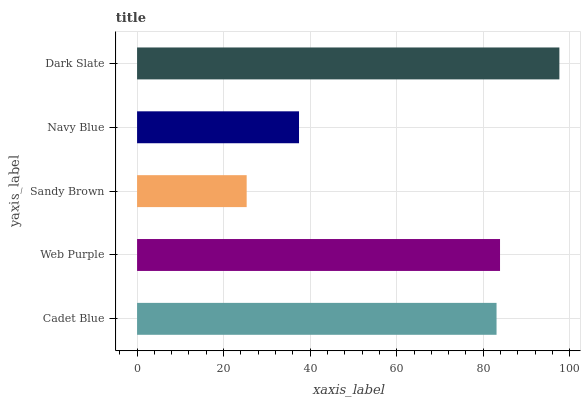
| yaxis_label | bars |
 | --- | --- |
 | Cadet Blue | 83.1 |
 | Web Purple | 83.9 |
 | Sandy Brown | 25.3 |
 | Navy Blue | 37.4 |
 | Dark Slate | 97.6 |